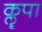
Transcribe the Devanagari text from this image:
कॣपा